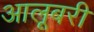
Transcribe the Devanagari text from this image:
आलूबरी